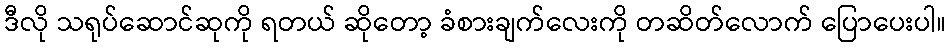
ဒီလို သရုပ်ဆောင်ဆုကို ရတယ် ဆိုတော့ ခံစားချက်လေးကို တဆိတ်လောက် ပြောပေးပါ။